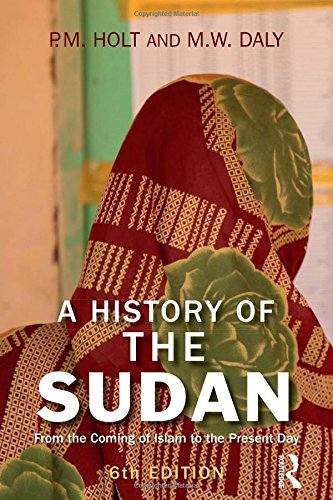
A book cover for A History of the Sudan: From the Coming of Islam to the Present Day; P.M. Holt; History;